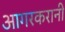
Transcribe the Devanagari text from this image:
आगरकरानी